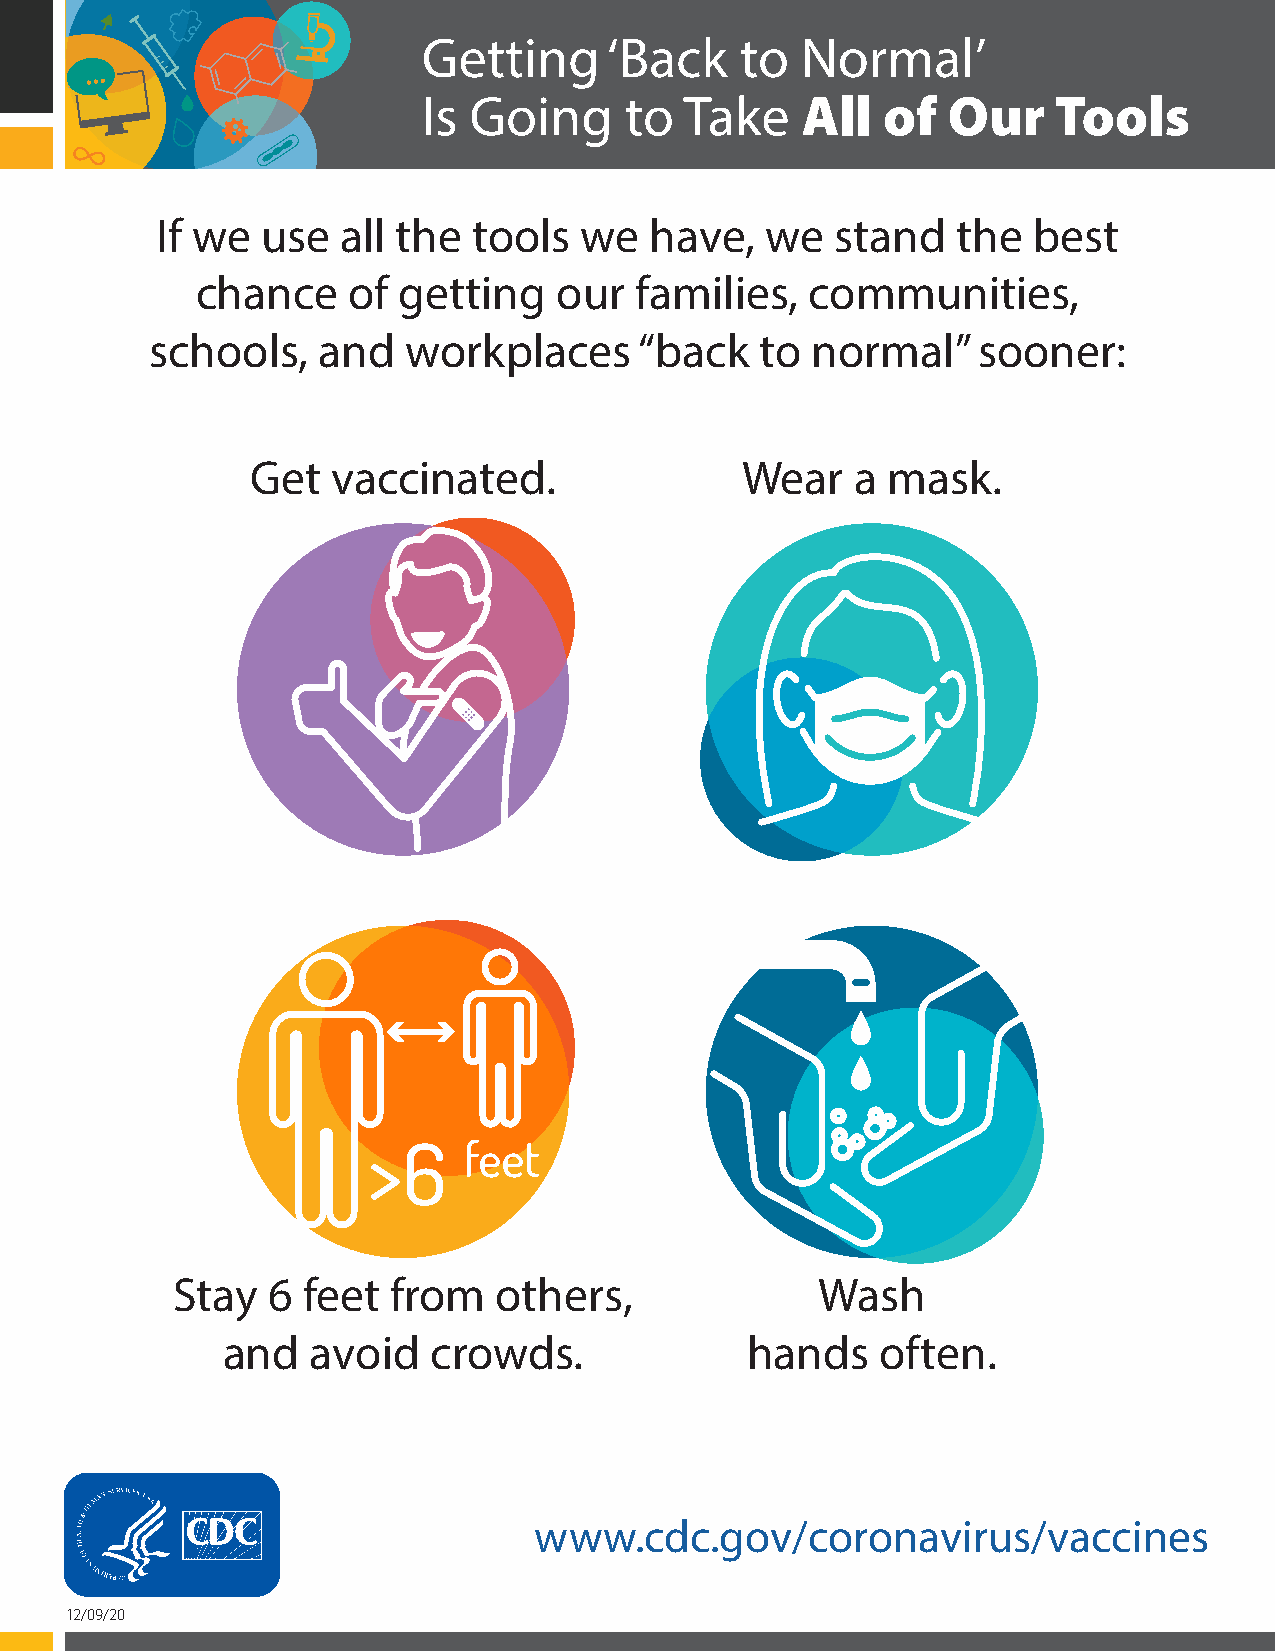
Getting     ‘Back    to  Normal’
 Is Going     to  Take    All  of   Our    Tools
 If we  use   all the tools  we   have,   we  stand   the  best
 chance    of getting    our  families,   communities,
 schools,   and   workplaces     “back   to  normal”    sooner:
 Get  vaccinated.                Wear    a mask.
 Stay   6 feet  from   others,              Wash
 and   avoid  crowds.              hands    often.
 U.S. Department of
 Health and Human Services www.cdc.gov/coronavirus/vaccines
 Centers for Disease
 Control and Prevention
 12/09/20